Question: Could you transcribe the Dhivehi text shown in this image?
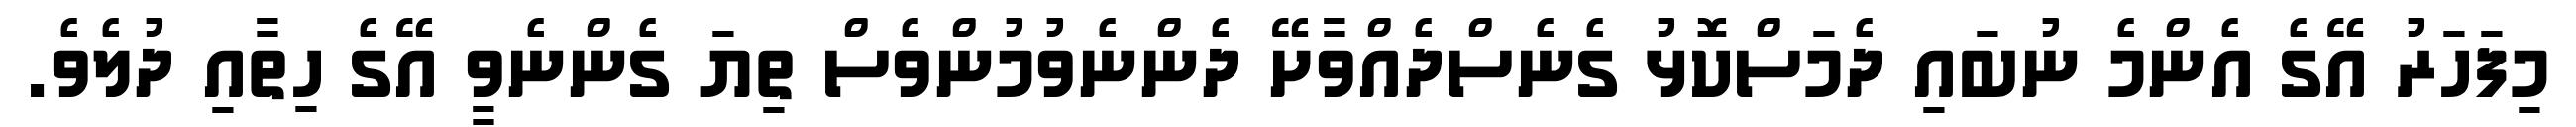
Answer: މިފަހަރު އޭގެ އެންމެ ނުބައި ދެމަސްކޮޅު ގެނެސްދެއްވާށޭ ދެންނެވުމުންވެސް ތިޔަ ގެންނެވީ އޭގެ ހިތާއި ދުލެވެ.